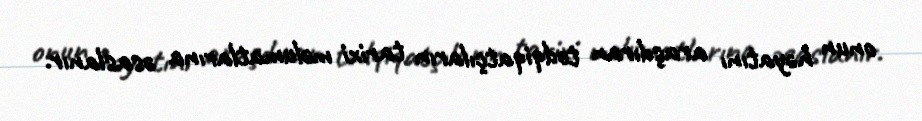
onun həyatını araşdıran tədqiqatçıların tarixi məlumatlarına əsaslanır.